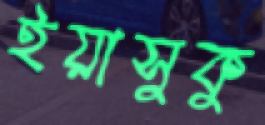
ইয়াসুকু